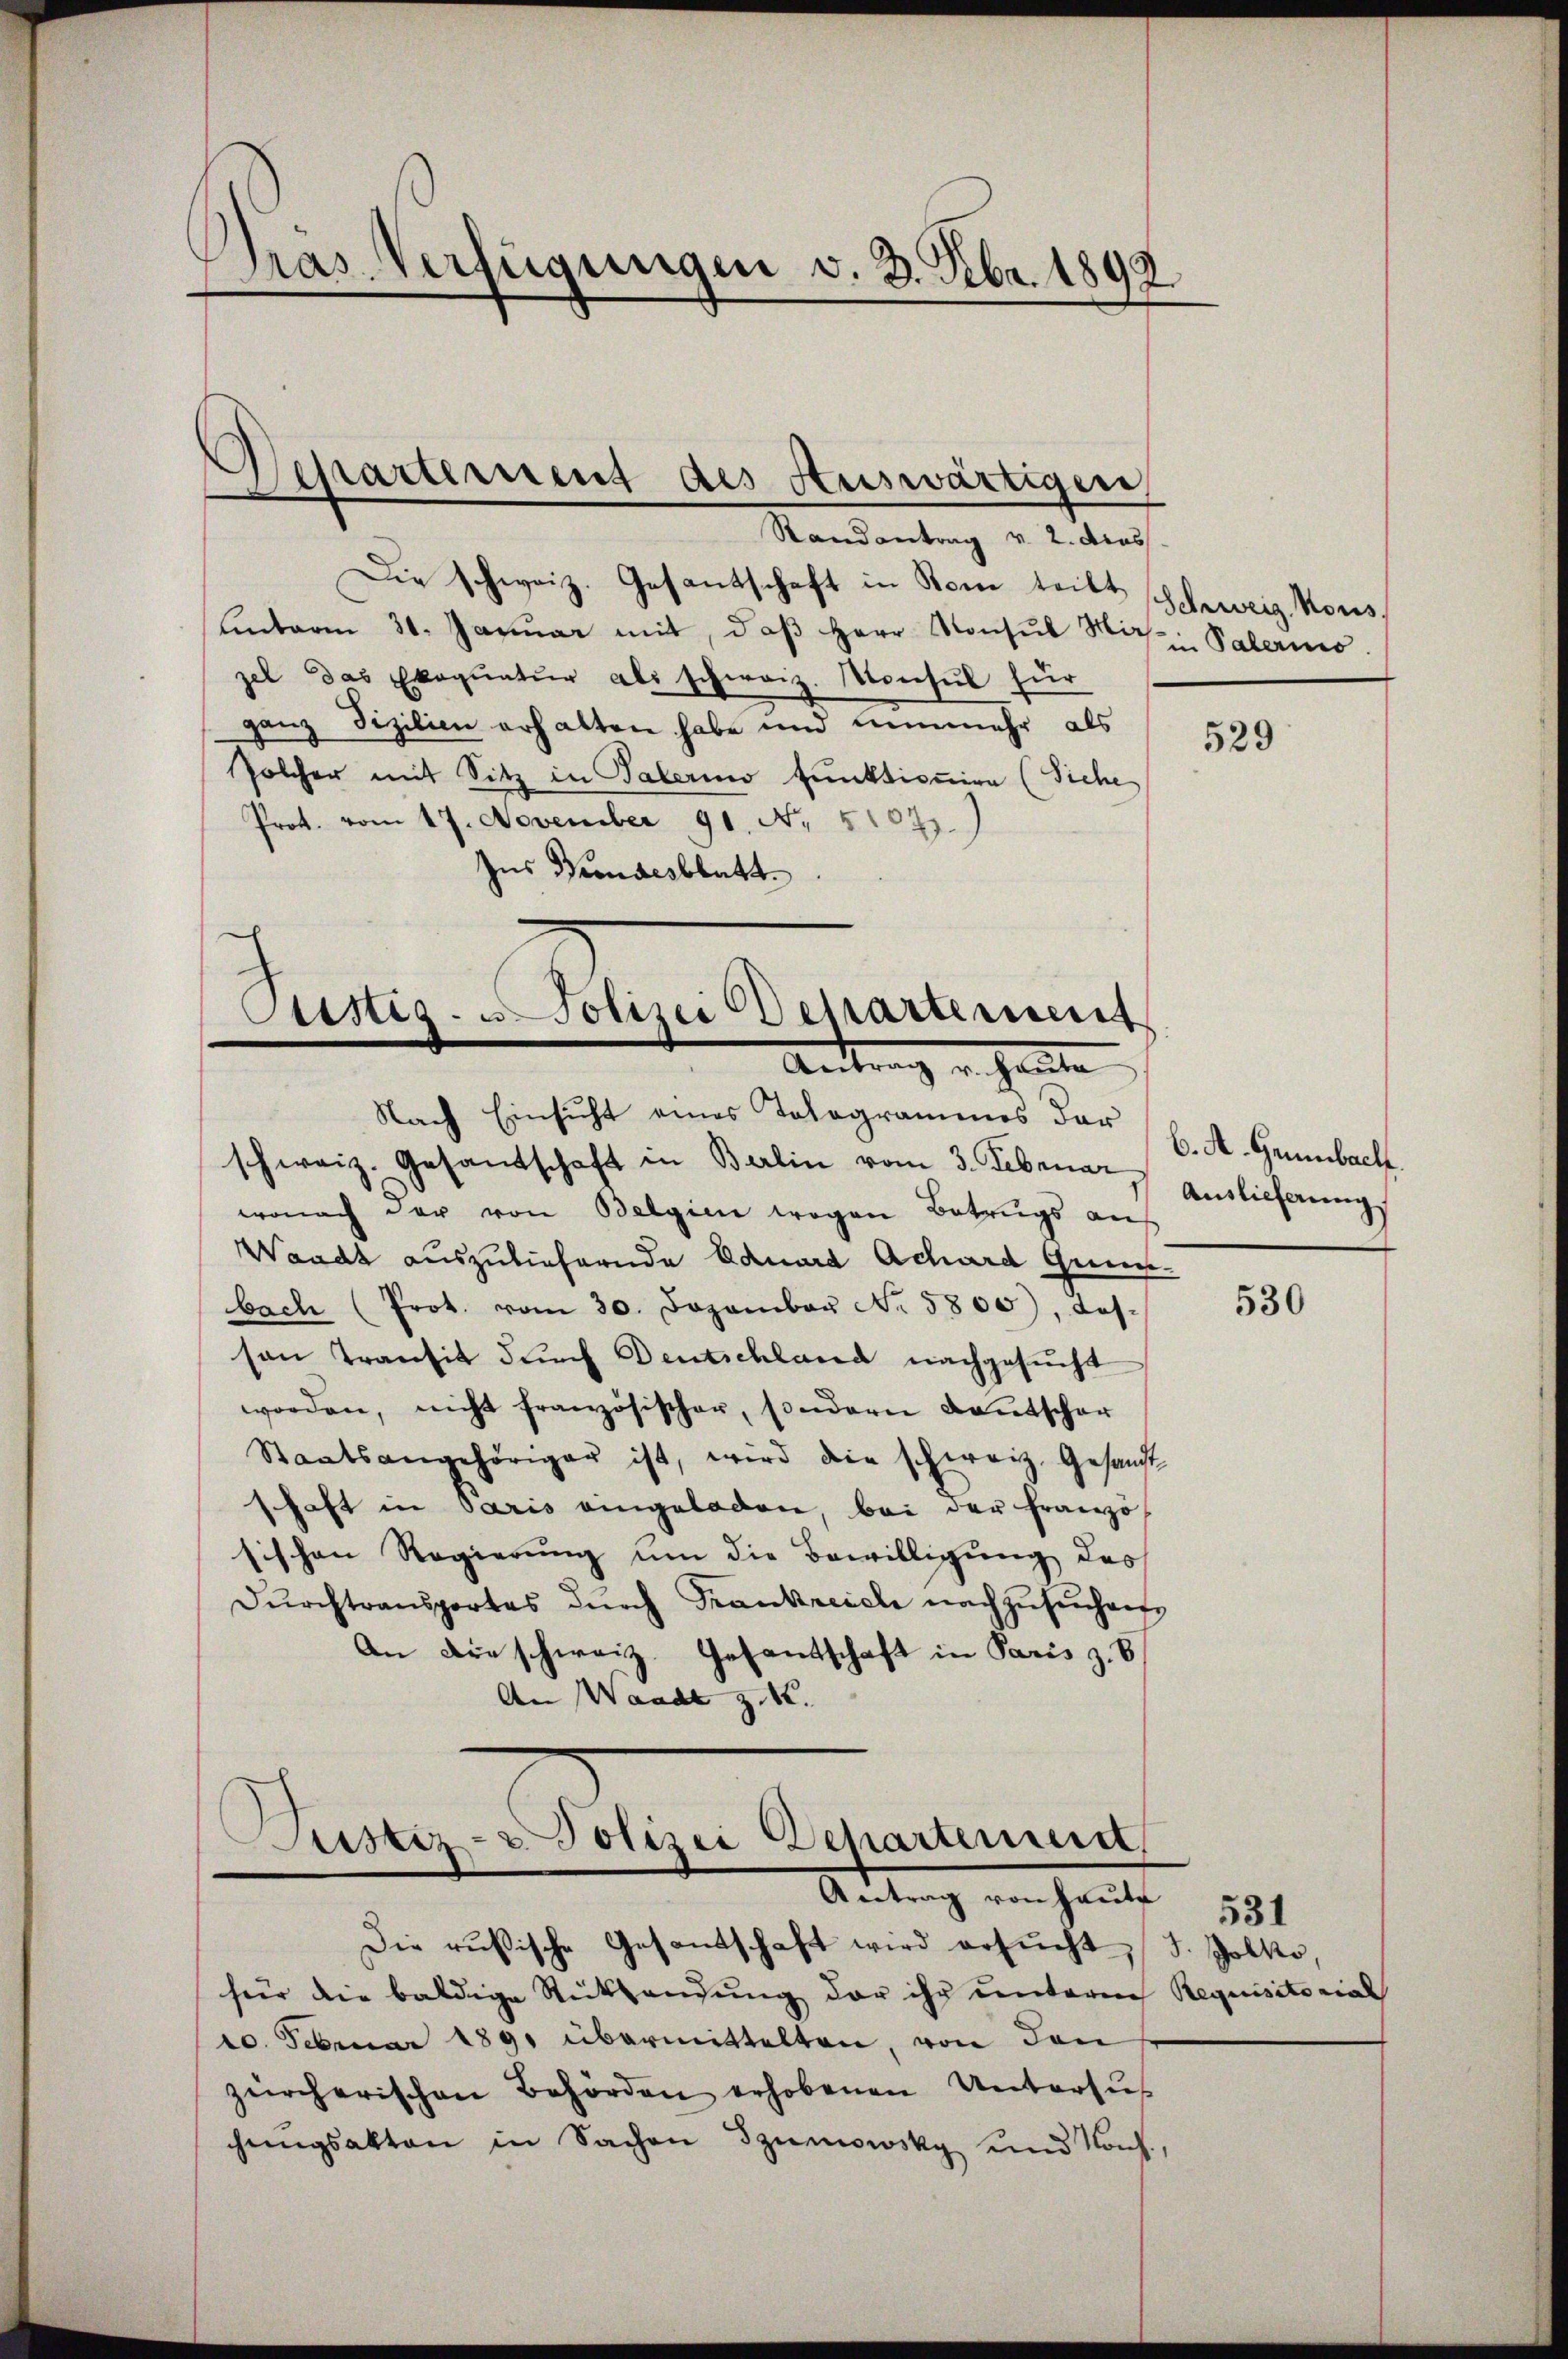
Pras Verfügungen v. 3. Febr. 1892.

epartement des Auswärtiger,
e

Randantrag v. 2. dras
Die schweiz. Gesantschaft in Rom teilt,
Einterm 31. Janŭar mit, daβ Herr Konsul Hir
zel das Exequatŭr als schweiz. Konsul für
ganz Fizilien erhalten habe und nunmehr als
solcher mit Sitz in Talerino funktionien (Siehe
Prot. vom 17. November 91. No. 51021.
Zus Kindesblatt.

Cüstig. u. Polizei Bestartement
Antrag v. Heute
Nach Einsicht eines Tologrammes dar

ustiz- & Polizei Departement
Antrag von Haute

schweiz. Gesandschaft in Berlin vom 3. Februar
wonach der von Oelgien wegen Betrugs auf
Waadt auszuliefernde Eduard Achard Gunst-
bach (Prot. vom 30. Dezember No. 5800), Jos.
son Transit durch Deutschland nachgesucht
worden, nicht französischer, sondern Kautscher
Staatsangehöriger ist, wird die schweiz. Gesandt
schaft in Paris eingeladen, bei der Franzö
sischen Regierung um die Bewilligung des
Dŭrchtransportes dŭrch Frankreich nachzŭsŭchen,
An die schweiz. Gesantschaft in Paris z. B.
An Waadt z. 18.

Die rusische Gesandschaft wird ersŭcht, J. Jolko,
für die baldige Rücksendung der ihr unterne Requisitorial
10. Februar 1891 übermittelten, von den
zürcherischen Behörden erhobenen Untersŭ
chungsakten in Sachen Szurowsky und Kons.,

Schweiz. Nous
in Palerino

6. A. Grünbach
Auslieferung

529

530

531